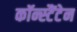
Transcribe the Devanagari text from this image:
कॉन्स्टैंटेन